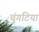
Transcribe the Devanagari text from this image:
चुंगटिया